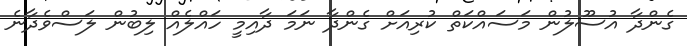
ގެންދާ އުސޫލުން މަސައްކަތް ކުރިއަށް ގެންދާ ނަމަ ދާއިމީ ހައްލެއް ލިބުން ލަސްވެދާނެ